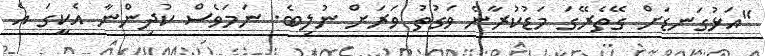
"އަޅުގަނޑަށް ގޭތެރޭގަ މަޑުކުރާނެ ވަގުތު ވަރަށް ނުލިބެ. ނަމަވެސް ކުދިންނާ އެކީގަ އެ